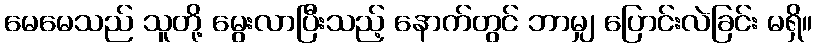
မေမေသည် သူတို့ မွေးလာပြီးသည့် နောက်တွင် ဘာမျှ ပြောင်းလဲခြင်း မရှိ။